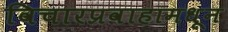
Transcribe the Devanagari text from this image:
विचारप्रवाहामधून